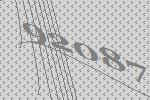
92087